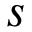
s